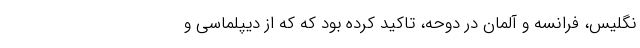
نگلیس، فرانسه و آلمان در دوحه، تاکید کرده بود که که از دیپلماسی و